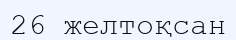
26 желтоқсан